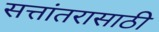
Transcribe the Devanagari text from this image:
सत्तांतरासाठी